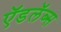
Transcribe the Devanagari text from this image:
ऍडलॅब्स